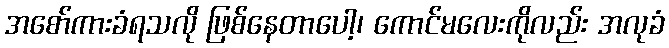
အစော်ကားခံရသလို ဖြစ်နေတာပေါ့၊ ကောင်မလေးကိုလည်း အလုခံ